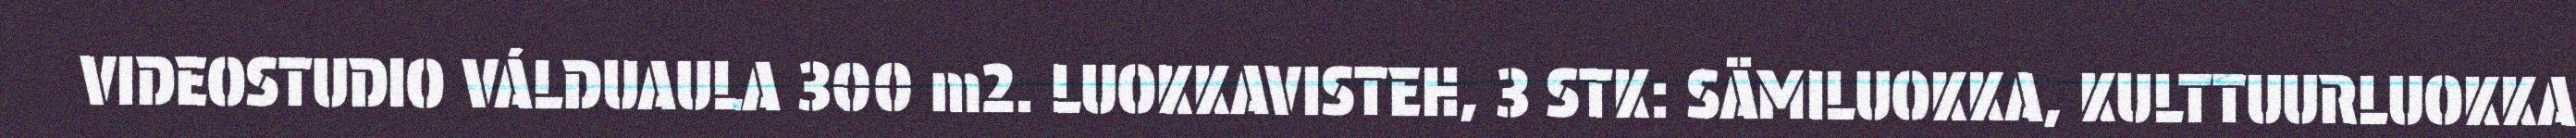
VIDEOSTUDIO VÁLDUAULA 300 m2. LUOKKAVISTEH, 3 STK: SÄMILUOKKA, KULTTUURLUOKKA